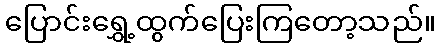
ပြောင်းရွှေ့ထွက်ပြေးကြတော့သည်။